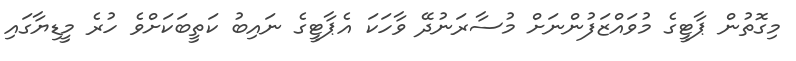
މިގޮތުން ޕާޓީގެ މުވައްޒަފުންނަށް މުސާރަނުދޭ ވާހަކަ އެޕާޓީގެ ނައިބު ކަތީބަކަށްވެ ހުރެ މީޑިޔާގައި